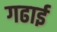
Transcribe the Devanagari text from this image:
गढाई